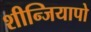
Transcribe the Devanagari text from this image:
शीन्जियापो